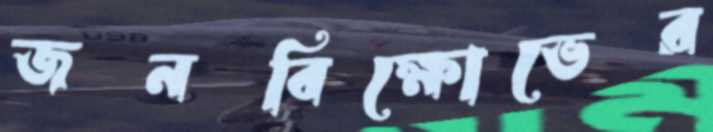
জনবিক্ষোভের